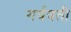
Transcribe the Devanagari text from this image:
गर्ववती